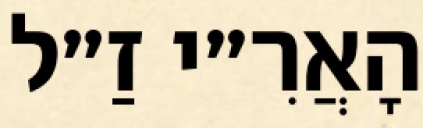
הָאֲרִ״י זַ״ל